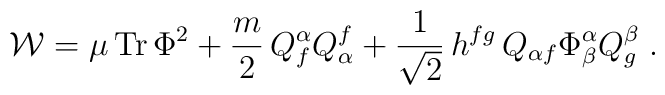
{\cal{W}}= \mu \,{\rm Tr} \,\Phi^2 + \frac{m}{2} \,Q_{ f}^\alpha Q^{f}_\alpha  +\frac{1}{\sqrt{2}}\,h^{fg} \,Q_{\alpha f}\Phi^\alpha_\beta Q^\beta_g\;.